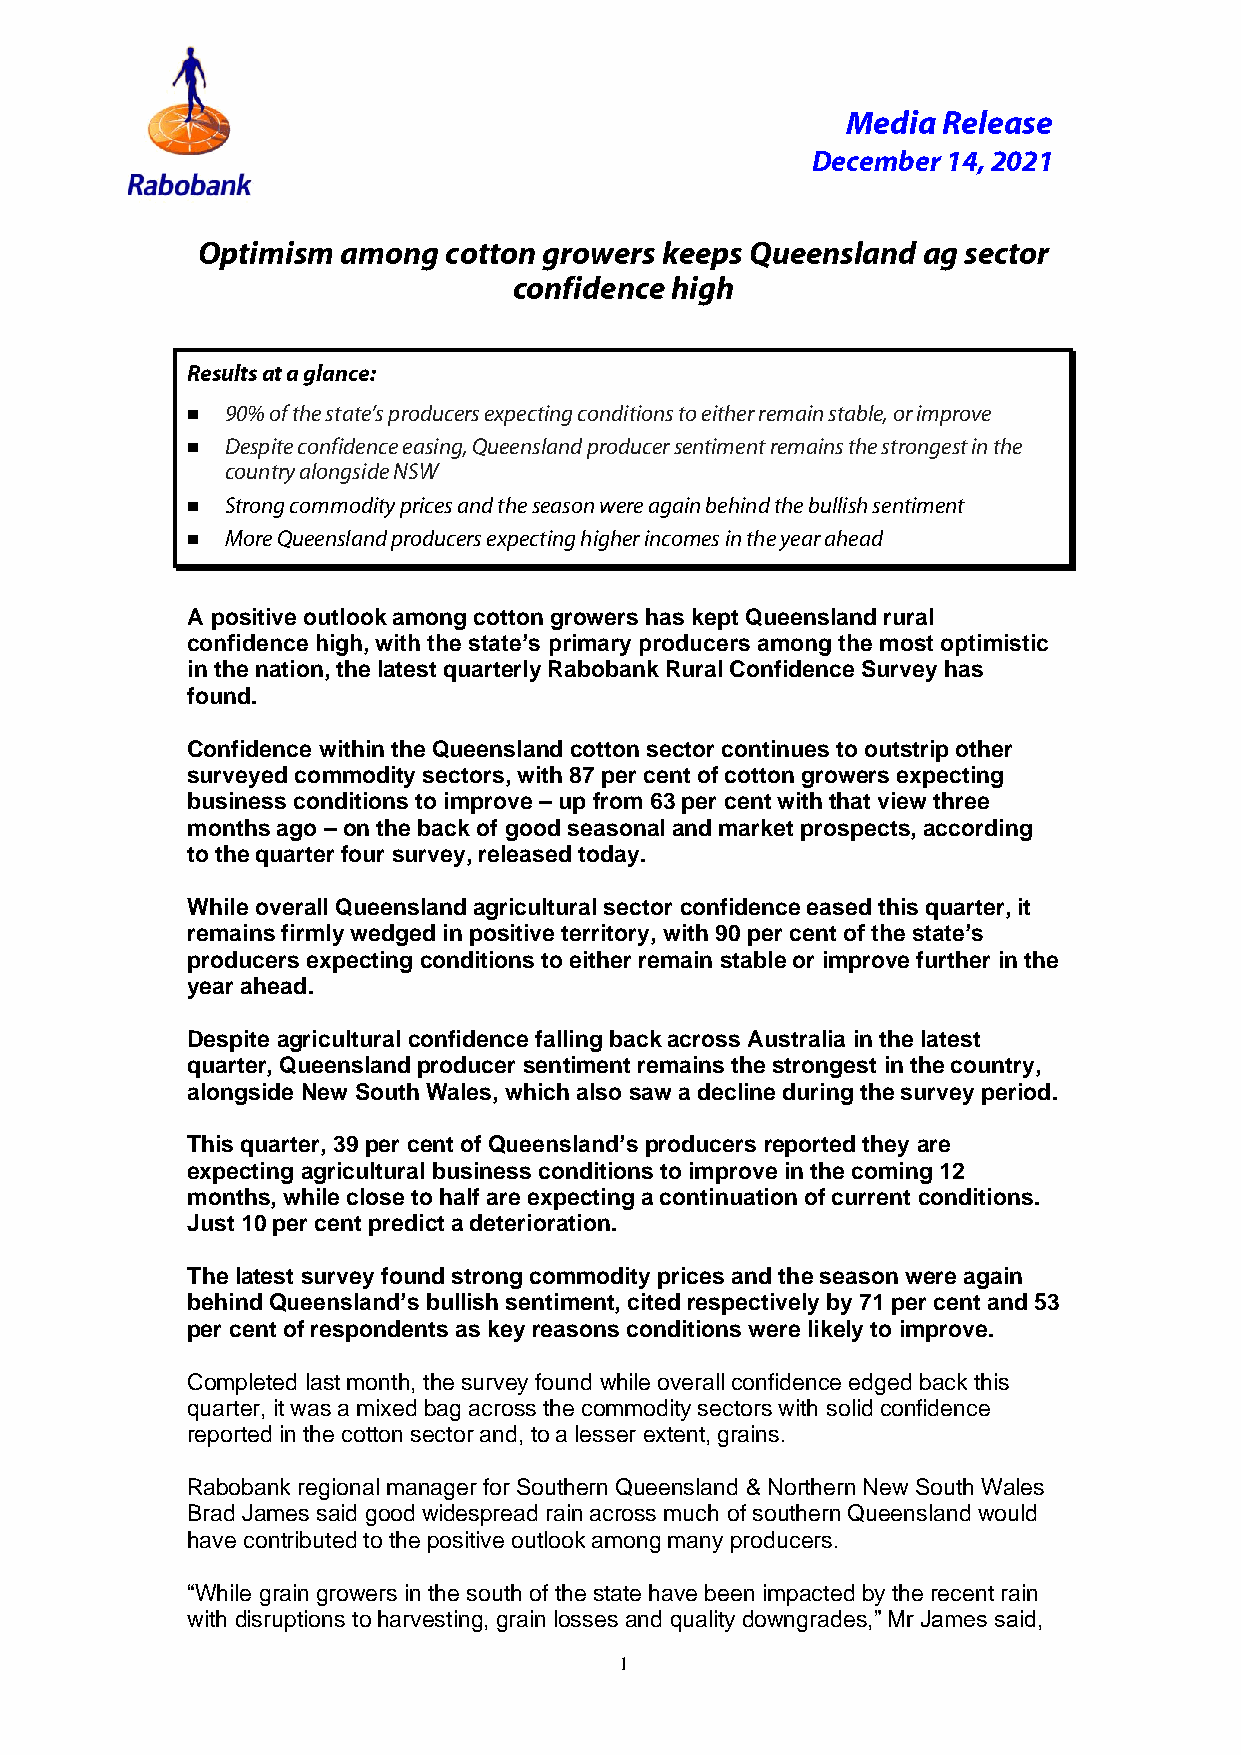
Media Release
 December 14, 2021
 Optimism  among cotton growers keeps Queensland ag sector
 confidence high
 Results at a glance:
 ■  90% of the state’s producers expecting conditions to either remain stable, or improve
 ■  Despite confidence easing, Queensland producer sentiment remains the strongest in the
 country alongside NSW
 ■  Strong commodity prices and the season were again behind the bullish sentiment
 ■  More Queensland producers expecting higher incomes in the year ahead
 A positive outlook among cotton growers has kept Queensland rural
 confidence high, with the state’s primary producers among the most optimistic
 in the nation, the latest quarterly Rabobank Rural Confidence Survey has
 found.
 Confidence within the Queensland cotton sector continues to outstrip other
 surveyed commodity sectors, with 87 per cent of cotton growers expecting
 business conditions to improve – up from 63 per cent with that view three
 months ago – on the back of good seasonal and market prospects, according
 to the quarter four survey, released today.
 While overall Queensland agricultural sector confidence eased this quarter, it
 remains firmly wedged in positive territory, with 90 per cent of the state’s
 producers expecting conditions to either remain stable or improve further in the
 year ahead.
 Despite agricultural confidence falling back across Australia in the latest
 quarter, Queensland producer sentiment remains the strongest in the country,
 alongside New South Wales, which also saw a decline during the survey period.
 This quarter, 39 per cent of Queensland’s producers reported they are
 expecting agricultural business conditions to improve in the coming 12
 months, while close to half are expecting a continuation of current conditions.
 Just 10 per cent predict a deterioration.
 The latest survey found strong commodity prices and the season were again
 behind Queensland’s bullish sentiment, cited respectively by 71 per cent and 53
 per cent of respondents as key reasons conditions were likely to improve.
 Completed last month, the survey found while overall confidence edged back this
 quarter, it was a mixed bag across the commodity sectors with solid confidence
 reported in the cotton sector and, to a lesser extent, grains.
 Rabobank regional manager for Southern Queensland & Northern New South Wales
 Brad James said good widespread rain across much of southern Queensland would
 have contributed to the positive outlook among many producers.
 “While grain growers in the south of the state have been impacted by the recent rain
 with disruptions to harvesting, grain losses and quality downgrades,” Mr James said,
 1